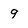
Character: 9